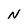
Character: N